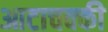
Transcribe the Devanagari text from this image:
आटाचक्की